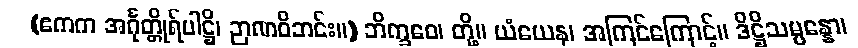
(ဧကက အင်္ဂုတ္တိုရ်ပါဋ္ဌိ၊ ဉာဏဝိဘင်း။) ဘိက္ခဝေ၊ တို့။ ယံယေန၊ အကြင်ကြောင့်။ ဒိဋ္ဌိသမ္ပန္နော၊